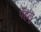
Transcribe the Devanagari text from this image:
पेहलु